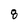
Character: 8